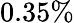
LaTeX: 0.35\%